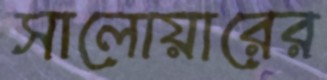
সালোয়ারের